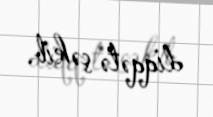
diqqətə çəkib.